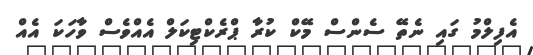
އެފިލްމު ގައި ނެތޭ ސެންސް މޭކް ކުރާ ޕްރެކްޓިކަލް އެއްވެސް ވާހަކަ އެއް